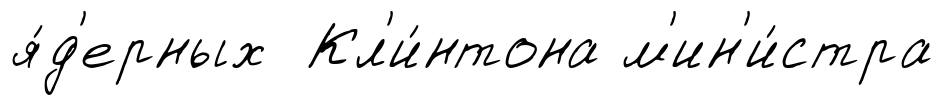
я́д'ерных Кл'и́нтона м'ин'и́стра